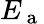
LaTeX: E_{\mathrm{~a~}}